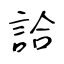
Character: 詥